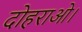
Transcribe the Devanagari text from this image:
दोहराओ।